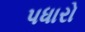
પધારો